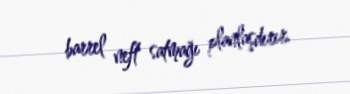
barrel neft satmağı planlaşdırır.